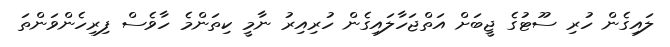
ލައިގެން ހުރި ސޫޓުގެ ޖީބަށް އަތްޖަހާލައިގެން ހުރިއިރު ނާމީ ކިތަންމެ ހާވެސް ފިރިހެންވަންތަ